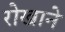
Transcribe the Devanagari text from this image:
रोखाने